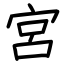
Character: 宮